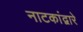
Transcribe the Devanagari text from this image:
नाटकांद्वारे